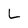
Character: L